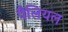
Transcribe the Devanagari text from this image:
पैलियल